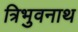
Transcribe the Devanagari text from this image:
त्रिभुवनाथ